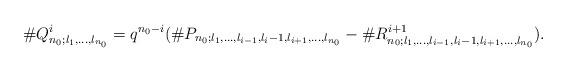
LaTeX: \begin{align*}\#Q^i_{n_0;l_1,\ldots,l_{n_0}}=q^{n_0-i}(\#P_{n_0;l_1,\ldots,l_{i-1},l_i-1,l_{i+1},\ldots,l_{n_0}}-\#R^{i+1}_{n_0;l_1,\ldots,l_{i-1},l_i-1,l_{i+1},\ldots,l_{n_0}}).\end{align*}